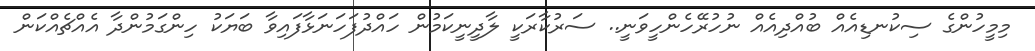
މިމީހުންގެ ސިކުނޑިއެއް ބުއްދިއެއް ނުހުރޭހެންހީވަނީ.. ސަރުކާރަކީ ލާދީނީކަމުން ހައްދުފަހަނަޅާފައިވާ ބަޔަކު ހިންގަމުންދާ އެއްޗެއްކަން